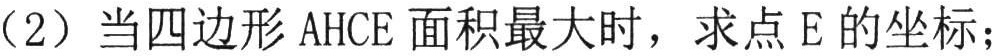
（2）当四边形\(AHCE\)面积最大时，求点\(E\)的坐标；